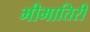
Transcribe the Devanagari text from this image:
भीमातिरीं